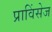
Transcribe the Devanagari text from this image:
प्राविंसेज